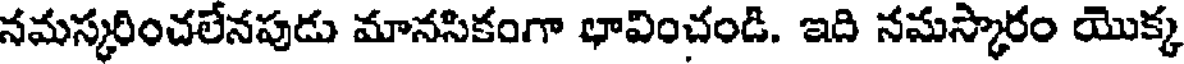
నమస్కరించలేనపుడు మానసికంగా భావించండి. ఇది నమస్కారం యొక్క